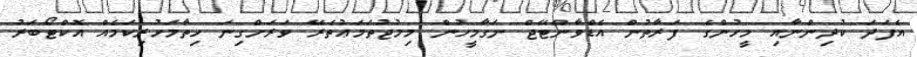
އެފަދަ ކުދިންނާއި މީހުންގެ ފަރާތުން އެޑްވާންޓޭޖް ނަގާމީހުން މިމުޖުތަމަޢުތެރޭ ވަރަށްގިނަ ހިތާމަހުރިކަމެއް އޮކްޓޯބަރު